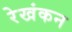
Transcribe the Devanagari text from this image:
रेखंकन